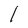
Character: I